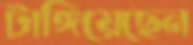
টাঙ্গিয়েছেন